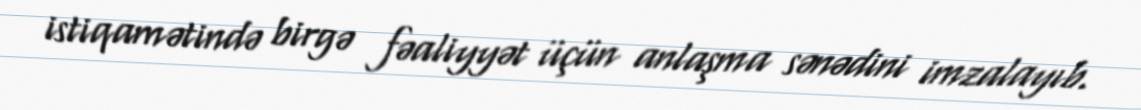
istiqamətində birgə fəaliyyət üçün anlaşma sənədini imzalayıb.